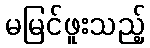
မမြင်ဖူးသည့်